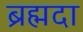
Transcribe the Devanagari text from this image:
ब्रह्मदा